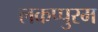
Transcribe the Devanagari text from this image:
लकप्पुरम